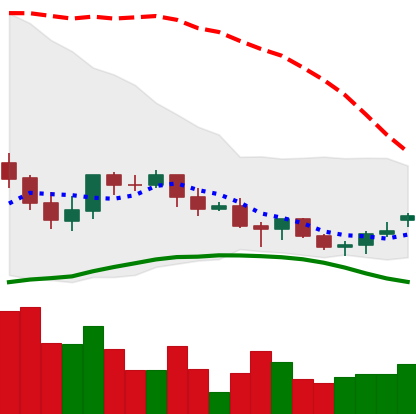
Ticker: LINK-USD
Chart end date: 2021-06-15
Forward return: -16.672%
Label: down_7plus